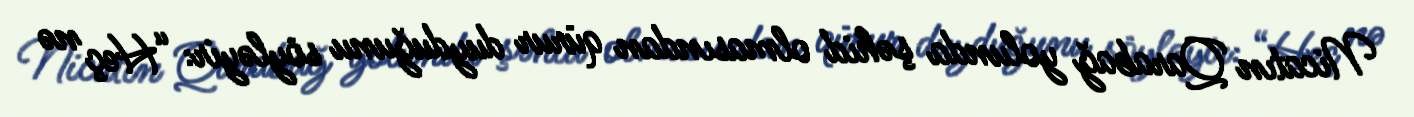
Nicatın Qarabağ yolunda şəhid olmasından qürur duyduğunu söyləyir: “Heç nə